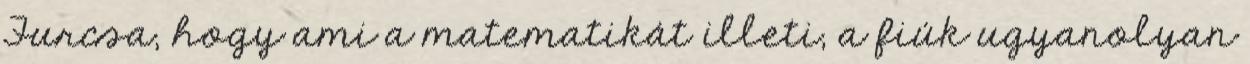
Furcsa, hogy ami a matematikát illeti, a fiúk ugyanolyan